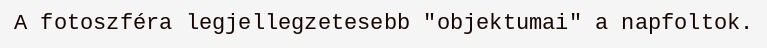
A fotoszféra legjellegzetesebb "objektumai" a napfoltok.